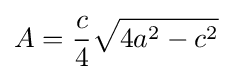
A={\frac {c}{4}}{\sqrt {4a^{2}-c^{2}}}